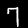
Label: 7